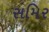
સમિર